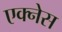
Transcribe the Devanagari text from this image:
एक्नेस